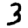
Digit: 3